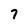
Character: 7